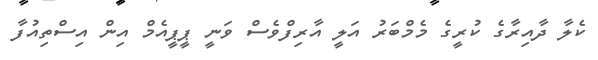
ކެލާ ދާއިރާގެ ކުރީގެ މެމްބަރު އަލީ އާރިފްވެސް ވަނީ ޕީޕީއެމް އިން އިސްތިއުފާ